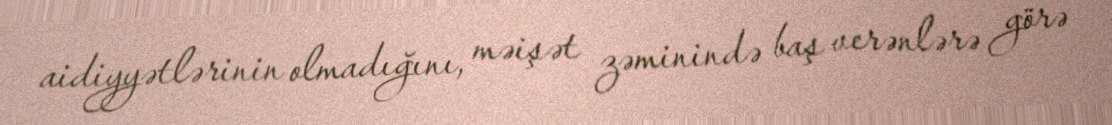
aidiyyətlərinin olmadığını, məişət zəminində baş verənlərə görə